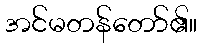
အင်မတန်တော်၏။